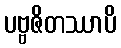
ပဗ္ဗဇိတဿာပိ